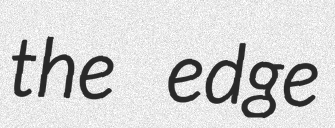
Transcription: the edge